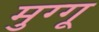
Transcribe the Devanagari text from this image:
मुग्गू